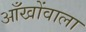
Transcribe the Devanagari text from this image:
आँखोंवाला